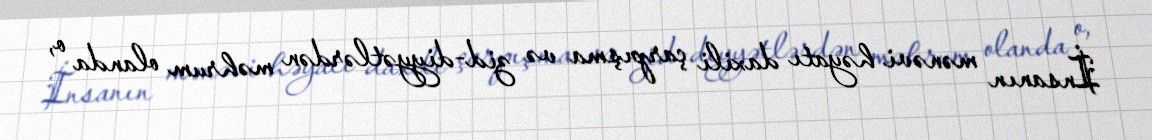
İnsanın mənəvi həyatı daxili çarpışma və zid-diyyətlərdən məhrum olanda o,